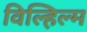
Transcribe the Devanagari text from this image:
विल्हिल्म